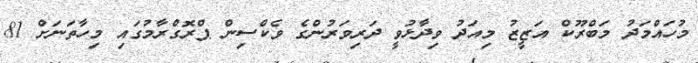
މުހައްމަދު މަބްރޫކް އަޒީޒު މިއަދު ވިދާޅުވީ ދަރިވަރުންގެ ވެކްސިން ޕްރޮގްރާމުގައި މިހާތަނަށް 81